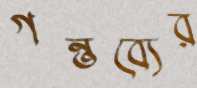
গন্তব্যের